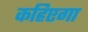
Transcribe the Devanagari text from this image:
कहिएगा